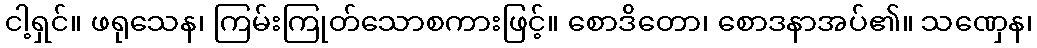
ငါ့ရှင်။ ဖရုသေန၊ ကြမ်းကြုတ်သောစကားဖြင့်။ စောဒိတော၊ စောဒနာအပ်၏။ သဏှေန၊